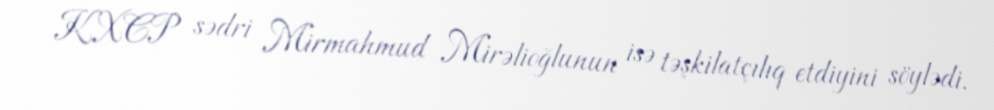
KXCP sədri Mirmahmud Mirəlioğlunun isə təşkilatçılıq etdiyini söylədi.